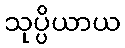
သုပ္ပိယာယ